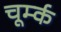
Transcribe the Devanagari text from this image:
चूर्म्क